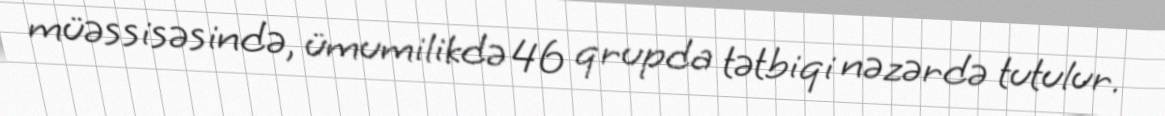
müəssisəsində, ümumilikdə 46 qrupda tətbiqi nəzərdə tutulur.